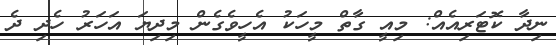
ނިދާ ކޮޓަރިއެއް: މިއީ ގާތް މީހަކު އެހީވެގެން މިދިޔަ އަހަރު ހެދި ދެ